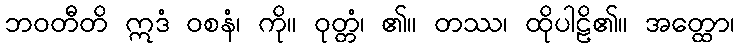
ဘဝတီတိ ဣဒံ ဝစနံ၊ ကို။ ဝုတ္တံ၊ ၏။ တဿ၊ ထိုပါဠိ၏။ အတ္ထော၊